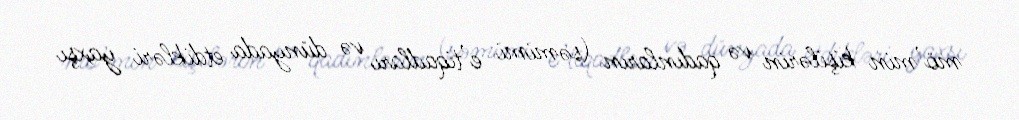
mö’min kişilərin və qadınların (səmimi e’tiqadları və dünyada etdikləri yaxşı